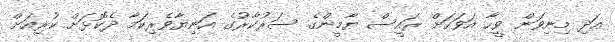
އަދި މިނިވަން ވީހާ އަވަހަށް ރައީސް ޔާމީންގެ ސަރުކާރުގެ އަނިޔާވެރިކަމާ ދެކޮޅަށް ކުރިއަށް